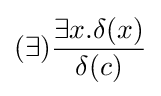
(\exists ){\frac {\exists x.\delta (x)}{\delta (c)}}